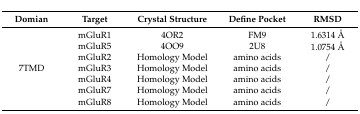
<table><thead><tr><td><b>Domian</b></td><td><b>Target</b></td><td><b>Crystal Structure</b></td><td><b>Define Pocket</b></td><td><b>RMSD</b></td></tr></thead><tbody><tr><td rowspan="7">7TMD</td><td>mGluR1</td><td>4OR2</td><td>FM9</td><td>1.6314 Å</td></tr><tr><td>mGluR5</td><td>4OO9</td><td>2U8</td><td>1.0754 Å</td></tr><tr><td>mGluR2</td><td>Homology Model</td><td>amino acids</td><td>/</td></tr><tr><td>mGluR3</td><td>Homology Model</td><td>amino acids</td><td>/</td></tr><tr><td>mGluR4</td><td>Homology Model</td><td>amino acids</td><td>/</td></tr><tr><td>mGluR7</td><td>Homology Model</td><td>amino acids</td><td>/</td></tr><tr><td>mGluR8</td><td>Homology Model</td><td>amino acids</td><td>/</td></tr></tbody></table>